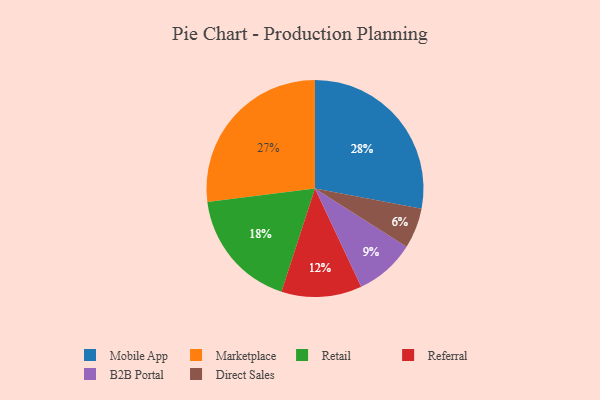
{"axis": {"x": "Category", "y": "Percentage"}, "legend": ["B2B Portal", "Direct Sales", "Marketplace", "Mobile App", "Referral", "Retail"], "data": [{"x": "Referral", "y": 12, "type": "Referral"}, {"x": "Mobile App", "y": 28, "type": "Mobile App"}, {"x": "Marketplace", "y": 27, "type": "Marketplace"}, {"x": "Direct Sales", "y": 6, "type": "Direct Sales"}, {"x": "B2B Portal", "y": 9, "type": "B2B Portal"}, {"x": "Retail", "y": 18, "type": "Retail"}]}